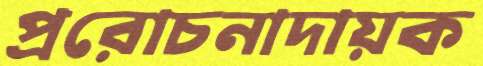
প্ররোচনাদায়ক